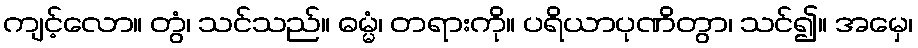
ကျင့်လော။ တွံ၊ သင်သည်။ ဓမ္မံ၊ တရားကို။ ပရိယာပုဏိတွာ၊ သင်၍။ အမှေ၊